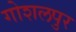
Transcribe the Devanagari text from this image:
गोशलपुर